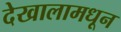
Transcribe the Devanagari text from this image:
देखालामधून